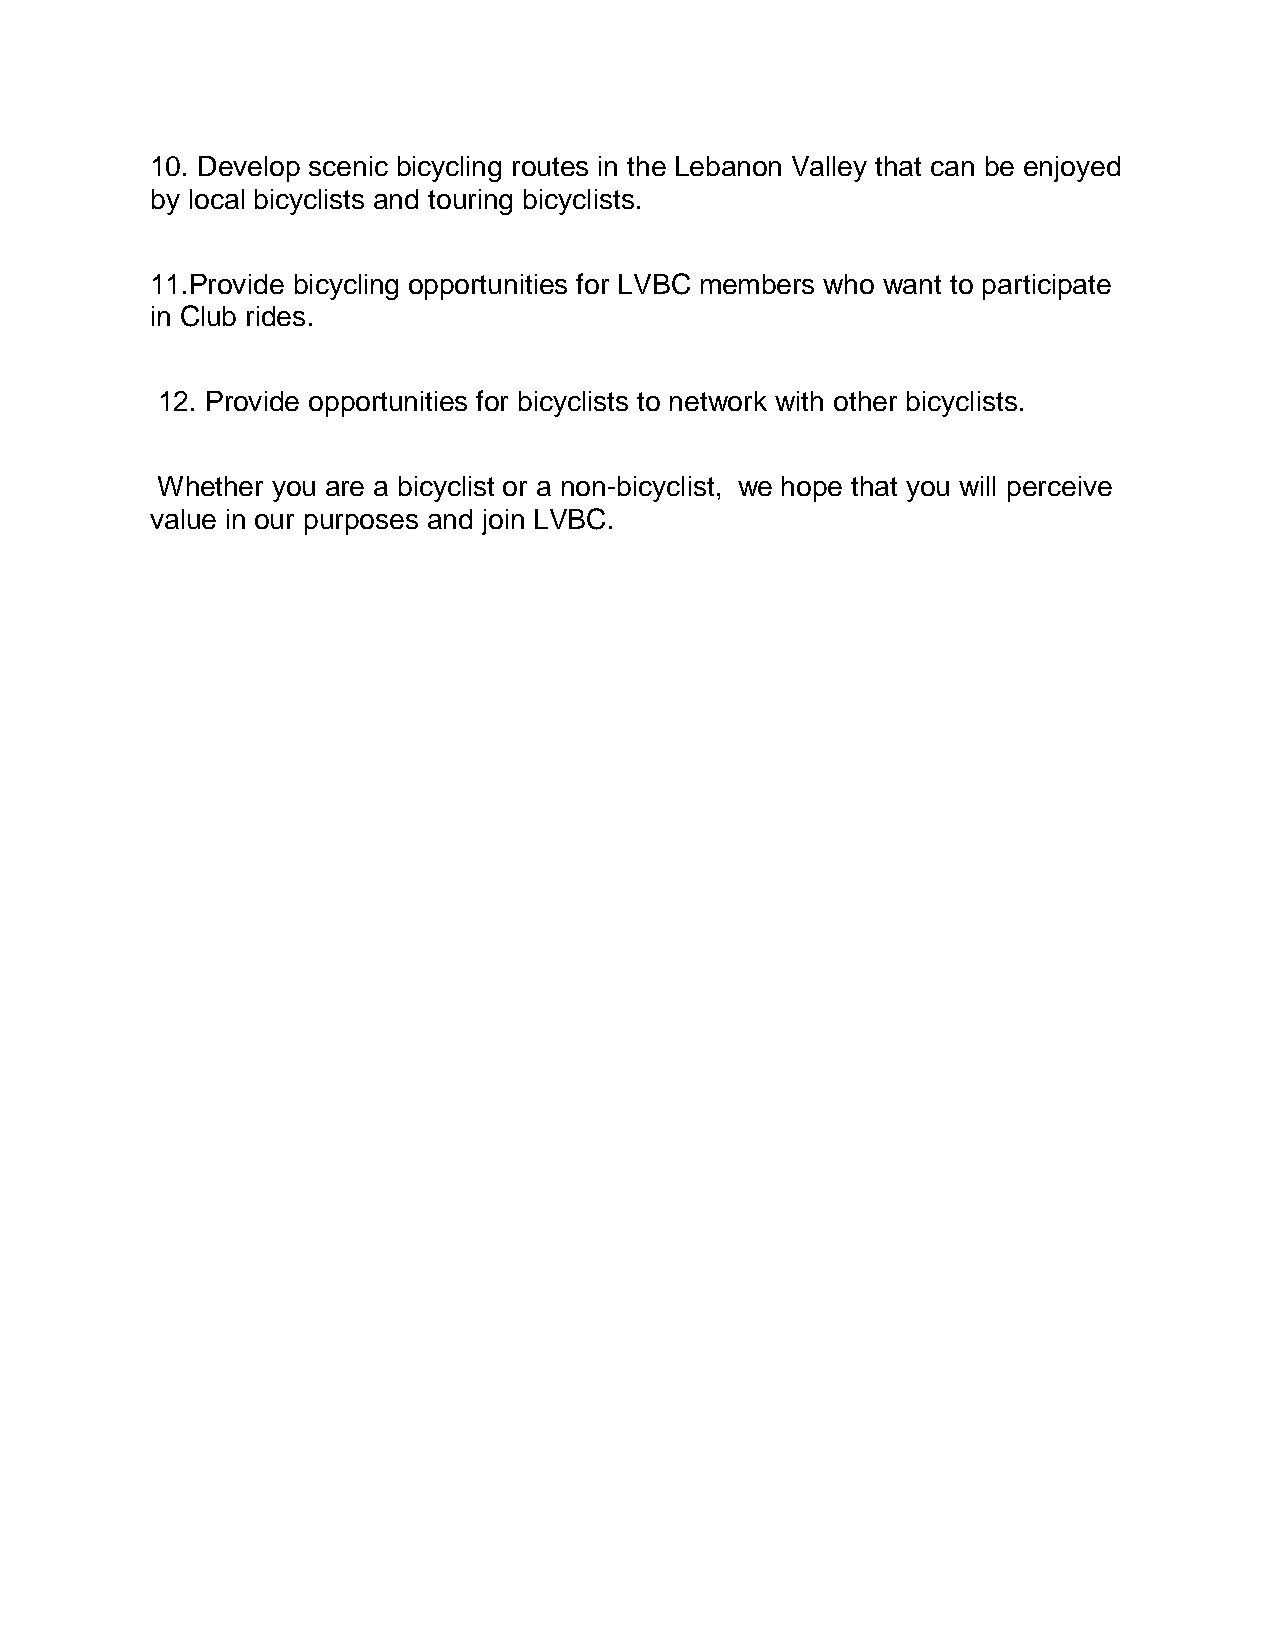
10. Develop scenic bicycling routes in the Lebanon Valley that can be enjoyed
 by local bicyclists and touring bicyclists.
 11.Provide bicycling opportunities for LVBC members who want to participate
 in Club rides.
 12. Provide opportunities for bicyclists to network with other bicyclists.
 Whether you are a bicyclist or a non-bicyclist, we hope that you will perceive
 value in our purposes and join LVBC.